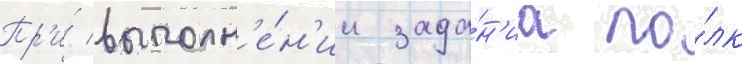
Пр'и́ выполн'е́н'ии зада́н'иа по́лк